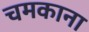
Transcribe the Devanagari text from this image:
चमकाना